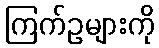
ကြက်ဥများကို